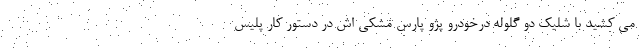
می کشید با شلیک دو گلوله درخودرو پژو پارس مشکی اش در دستور کار پلیس